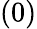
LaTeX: (0)